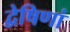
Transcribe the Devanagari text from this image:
द्वेषिणां